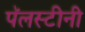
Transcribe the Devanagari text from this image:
पॅलस्टीनी